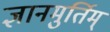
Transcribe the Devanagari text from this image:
ज्ञानमुर्तिम्‌